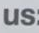
us